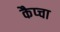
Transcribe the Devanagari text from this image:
कैप्चा